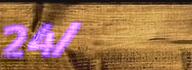
24/7